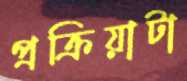
প্রক্রিয়াটা